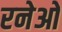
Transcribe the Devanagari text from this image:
रनेओ